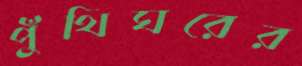
পুঁথিঘরের